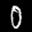
Label: 0